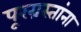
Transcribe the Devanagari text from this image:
पूरग्रस्‍तांना